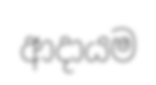
ආදායම